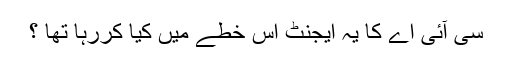
سی آئی اے کا یہ ایجنٹ اس خطے میں کیا کررہا تھا ؟